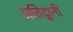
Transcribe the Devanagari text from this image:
प्रतिद्वानी